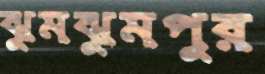
ঝুমঝুমপুর